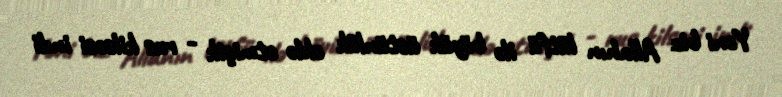
Yəni biz Allahın lütfü ilə böyük üstünlük əldə etmişik - rus kilsəsi indi